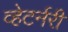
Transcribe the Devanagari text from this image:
व्हेटर्नरी